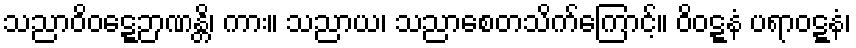
သညာဝိဝဋ္ဋေဉာဏန္တိ၊ ကား။ သညာယ၊ သညာစေတသိက်ကြောင့်။ ဝိဝဋ္ဋနံ ပရာဝဋ္ဋနံ၊